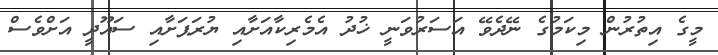
މީގެ އިތުރުން މިކަމުގެ ނޭދެވޭ އަސަރުވަނީ ޚުދު އެމެރިކާއަށާއި ޔުރަޕަށާއި ސައޫދީ އަށްވެސް